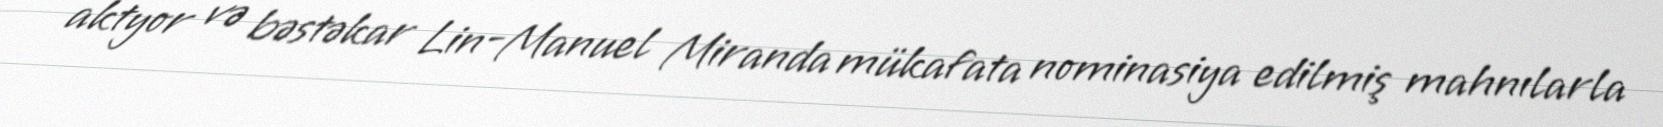
aktyor və bəstəkar Lin-Manuel Miranda mükafata nominasiya edilmiş mahnılarla